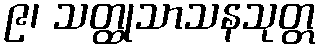
၉၊ သတ္ထုသာသနသုတ္တ